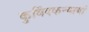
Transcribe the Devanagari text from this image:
कुविंदकन्यायां